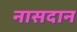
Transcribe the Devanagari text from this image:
नासदान